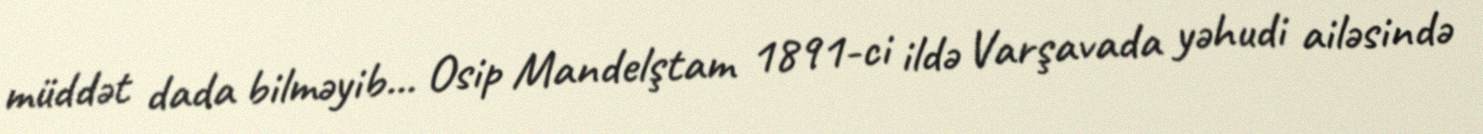
müddət dada bilməyib... Osip Mandelştam 1891-ci ildə Varşavada yəhudi ailəsində